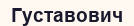
Густавович